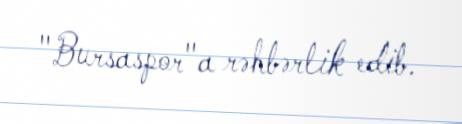
"Bursaspor"a rəhbərlik edib.